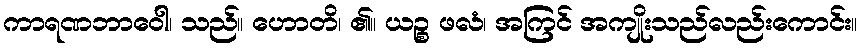
ကာရဏဘာဝေါ၊ သည်။ ဟောတိ၊ ၏။ ယဉ္စ ဖလံ၊ အကြင် အကျိုးသည်လည်းကောင်း။